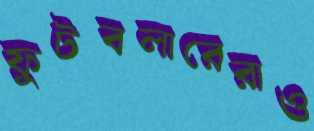
ফুটবলারেরাও